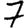
Digit: 7